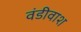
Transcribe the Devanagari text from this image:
वंडीवाश